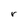
Character: r